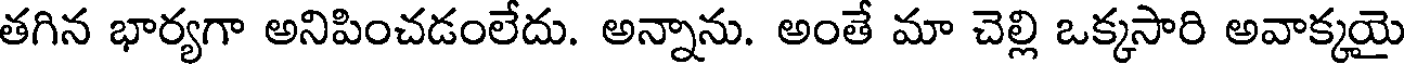
తగిన భార్యగా అనిపించడంలేదు. అన్నాను. అంతే మా చెల్లి ఒక్కసారి అవాక్కయై